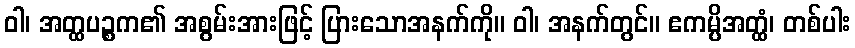
ဝါ၊ အတ္ထပဉ္စက၏ အစွမ်းအားဖြင့် ပြားသောအနက်ကို။ ဝါ၊ အနက်တွင်။ ဧကမ္ပိအတ္ထံ၊ တစ်ပါး